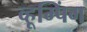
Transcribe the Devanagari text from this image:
व्हूम्पिंग